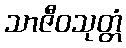
သာဇီဝသုတ္တံ